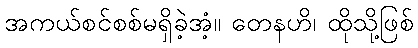
အကယ်စင်စစ်မရှိခဲ့အံ့။ တေနဟိ၊ ထိုသို့ဖြစ်